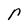
Character: r